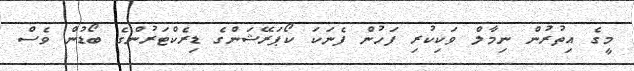
މީގެ އިތުރުން ނިމާލް ވަކިކުރި ފަހުން ފެނަކަ ކޯޕަރޭޝަންގެ ޑިރެކްޓަރުންގެ ބޯޑުން ވެސް